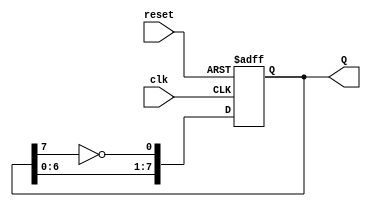
module johnson_counter (
    input wire clk,       // Clock signal
    input wire reset,     // Asynchronous reset signal
    output reg [7:0] Q    // 8-bit output for counter states
);

    // State transition on every rising edge of the clock
    always @(posedge clk or posedge reset) begin
        if (reset) begin
            // Asynchronous reset to 00000000
            Q <= 8'b00000000;
        end else begin
            // Johnson counter state transition
            Q <= {Q[6:0], ~Q[7]}; // Shift left and feed the inverted last FF to the first
        end
    end

endmodule